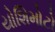
યોશિમોટો